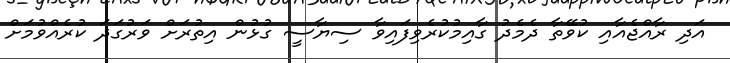
އަދި ރާއްޖެއާއި ކުވޭތާ ދެމެދު ގާއިމުކުރެވިފައިވާ ސިޔާސީ ގުޅުން އިތުރަށް ވަރުގަދަ ކުރެއްވުމަށް